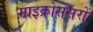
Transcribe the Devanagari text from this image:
माइक्रोसेंसरों